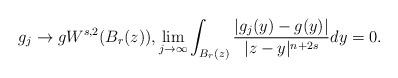
LaTeX: \begin{align*} g_j \to g W^{s,2}(B_r(z)), \lim_{j \to \infty} \int_{B_r(z)} \frac{|g_j(y)-g(y)|}{|z-y|^{n+2s}} dy=0.\end{align*}